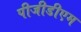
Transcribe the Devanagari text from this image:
पीजीडीएम